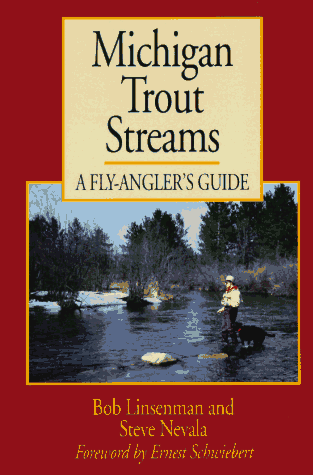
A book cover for Michigan Trout Streams: A Fly-Angler's Guide; Bob Linsenman; Travel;